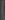
)